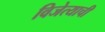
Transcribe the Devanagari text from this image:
विजेत्याची